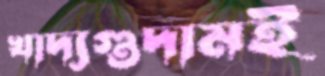
খাদ্যগুদামই